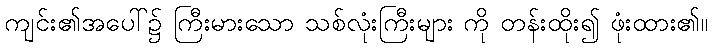
ကျင်း၏အပေါ်၌ ကြီးမားသော သစ်လုံးကြီးများ ကို တန်းထိုး၍ ဖုံးထား၏။